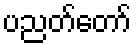
ပညတ်တော်